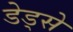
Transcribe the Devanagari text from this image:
डेड्से